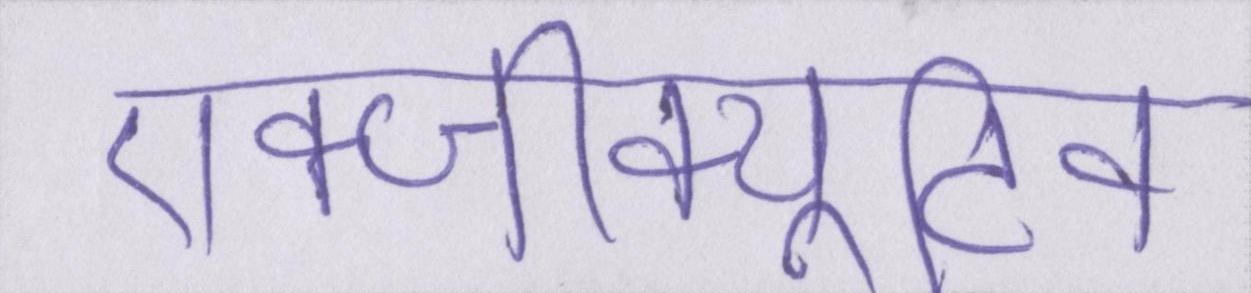
एक्जीक्यूटिव